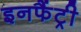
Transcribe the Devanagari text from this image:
इनफैंट्री